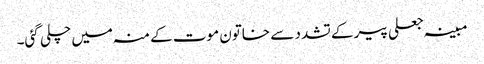
مبینہ جعلی پیر کے تشدد سے خاتون موت کے منہ میں چلی گئی۔